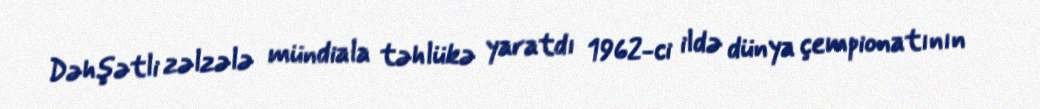
Dəhşətli zəlzələ mündiala təhlükə yaratdı 1962-ci ildə dünya çempionatının